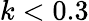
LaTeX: k<0.3